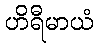
ဟိရီမာယံ